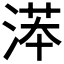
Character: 𣸽